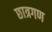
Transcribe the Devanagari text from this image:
छात्रगण